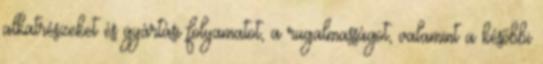
alkatrészeket és gyártási folyamatot, a rugalmasságot, valamint a későbbi